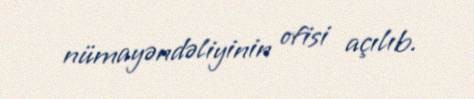
nümayəndəliyinin ofisi açılıb.